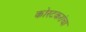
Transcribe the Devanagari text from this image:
कोरटकरांचा